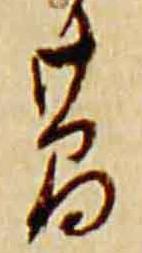
簡